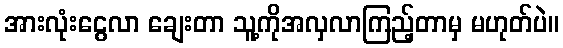
အားလုံးငွေလာ ချေးတာ သူ့ကိုအလှလာကြည့်တာမှ မဟုတ်ပဲ။